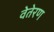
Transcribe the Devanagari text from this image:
वेतेरण